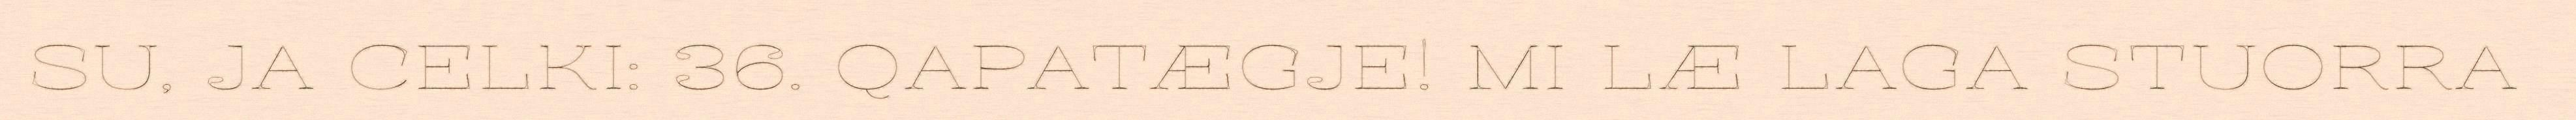
SU, JA CELKI: 36. QAPATÆGJE! MI LÆ LAGA STUORRA